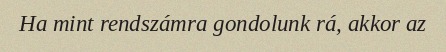
Ha mint rendszámra gondolunk rá, akkor az